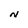
Character: N